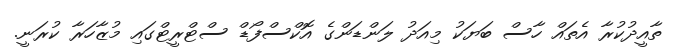
ތާއީދުކުރާ އެތައް ހާސް ބަޔަކު މިއަދު ލަންޑަންގެ އޮކްސްފޯޑް ސްޓްރީޓްގައި މުޒާހަރާ ކުރަނީ.